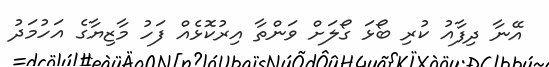
އޭނާ ދިފާއު ކުރި ބޯޅަ ގޯލަށް ވަންތާ އިރުކޮޅެއް ފަހު މާޒިޔާގެ އަހުމަދު